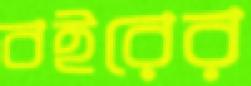
বইরের